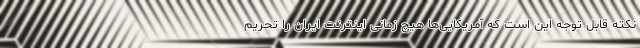
نکته قابل توجه این است که آمریکایی‌ها هیچ زمانی اینترنت ایران را تحریم